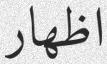
اظھار